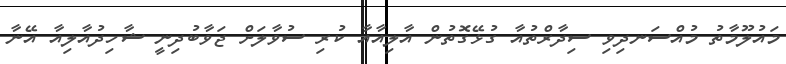
މައުލޫމާތު މުއްސަނދިވި ސިދާރްތުއާ ގުޅޭގޮތުން އާލިއާއާ ކުރި ސުވާލަށް ޖަވާބުދިނީ ޝާހިދުއާލިއާ އޭނާ